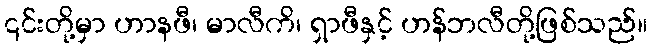
၎င်းတို့မှာ ဟာနဖီ၊ မာလီကိ၊ ရှာဖီနှင့် ဟန်ဘလီတို့ဖြစ်သည်။